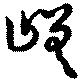
嵯